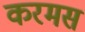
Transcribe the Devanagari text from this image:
करमस